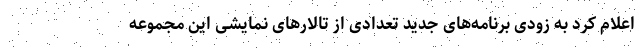
اعلام کرد به زودی برنامه‌های جدید تعدادی از تالارهای نمایشی این مجموعه